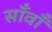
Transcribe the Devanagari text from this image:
साँवाँ